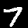
Digit: 7